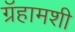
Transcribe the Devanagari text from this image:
ग्रॅहामशी